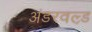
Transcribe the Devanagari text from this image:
अंडरवल्र्ड